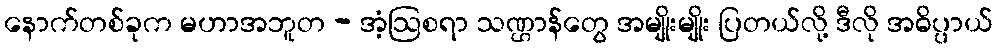
နောက်တစ်ခုက မဟာအဘူတ - အံ့ဩစရာ သဏ္ဌာန်တွေ အမျိုးမျိုး ပြတယ်လို့ ဒီလို အဓိပ္ပာယ်